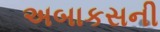
અબાકસની